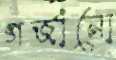
গর্‌জানো